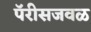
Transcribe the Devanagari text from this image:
पॅरीसजवळ